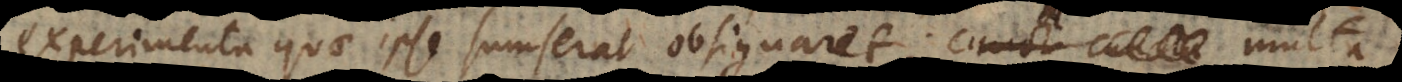
experimenta quae ipse sumserat obsignaret; multa